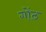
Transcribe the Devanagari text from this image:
गोंठ